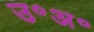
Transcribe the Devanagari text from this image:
उ॰अ॰